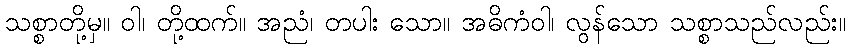
သစ္စာတို့မှ။ ဝါ၊ တို့ထက်။ အညံ၊ တပါး သော။ အဓိကံဝါ၊ လွန်သော သစ္စာသည်လည်း။